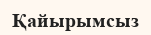
Қайырымсыз